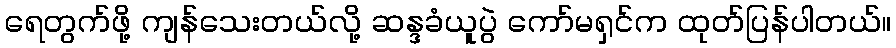
ရေတွက်ဖို့ ကျန်သေးတယ်လို့ ဆန္ဒခံယူပွဲ ကော်မရှင်က ထုတ်ပြန်ပါတယ်။